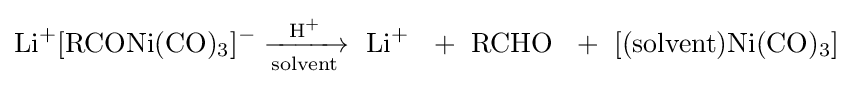
{\mathrm {Li} {\vphantom {A}}^{+}[\mathrm {RCONi} (\mathrm {CO} ){\vphantom {A}}_{\smash[{t}]{3}}]{\vphantom {A}}^{-}{}\mathrel {\xrightarrow[{\mathrm {solvent} }]{\mathrm {H} {\vphantom {A}}^{+}}} {}\ \mathrm {Li} {\vphantom {A}}^{+}~\ {}+{}\ \mathrm {RCHO} ~\ {}+{}\ [(\mathrm {solvent} )\mathrm {Ni} (\mathrm {CO} ){\vphantom {A}}_{\smash[{t}]{3}}]}